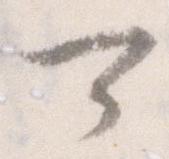
可